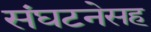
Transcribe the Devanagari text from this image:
संघटनेसह